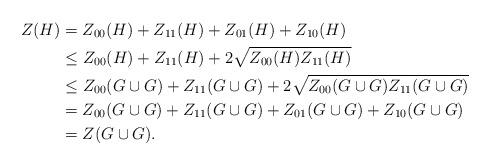
LaTeX: \begin{align*}Z(H)&=Z_{00}(H)+Z_{11}(H)+Z_{01}(H)+Z_{10}(H) \\&\leq Z_{00}(H)+Z_{11}(H)+2\sqrt{Z_{00}(H)Z_{11}(H)} \\&\leq Z_{00}(G\cup G)+Z_{11}(G\cup G)+2\sqrt{Z_{00}(G\cup G)Z_{11}(G\cup G)}\\&=Z_{00}(G\cup G)+Z_{11}(G\cup G)+Z_{01}(G\cup G)+Z_{10}(G\cup G)\\&=Z(G\cup G).\end{align*}